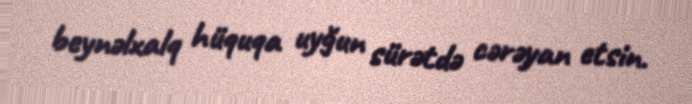
beynəlxalq hüquqa uyğun sürətdə cərəyan etsin.